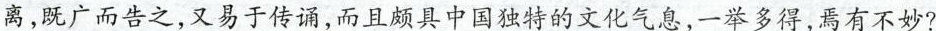
离，既广而告之，又易于传诵，而且颇具中国独特的文化气息，一举多得，焉有不妙？